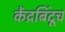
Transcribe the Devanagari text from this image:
केंद्रबिंदूच